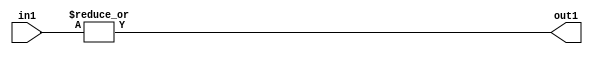
`timescale 1ps / 1ps
/*****************************************************************************
    Verilog RTL Description
    
    
    Created by: Stratus DpOpt 21.05.01 
*******************************************************************************/

module SobelFilter_OrReduction_4U_1U_4 (
	in1,
	out1
	); /* architecture "behavioural" */ 
input [3:0] in1;
output  out1;
wire  asc001;

assign asc001 = 
	(|in1);

assign out1 = asc001;
endmodule

/* CADENCE  urfzSAw= : u9/ySxbfrwZIxEzHVQQV8Q== ** DO NOT EDIT THIS LINE ******/